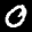
Label: 0